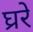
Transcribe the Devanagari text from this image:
घ्ररे